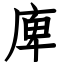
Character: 庳